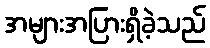
အများအပြားရှိခဲ့သည်